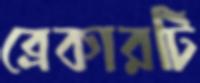
ব্রেকারটি